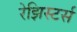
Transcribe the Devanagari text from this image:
रेझिस्टर्स